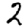
Digit: 2